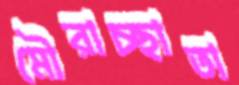
মৌরাচ্ছাতা